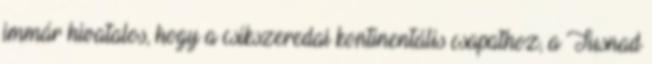
immár hivatalos, hogy a csíkszeredai kontinentális csapathoz, a Tusnad